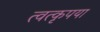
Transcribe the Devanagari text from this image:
त्वत्कृपया